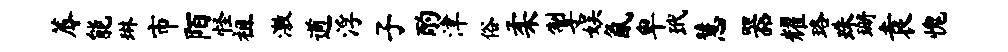
蓐能琳市陌怪祖激遒浮子酌津俗柔掣娱氤卑玳慧器耀珞珠珊袁愧